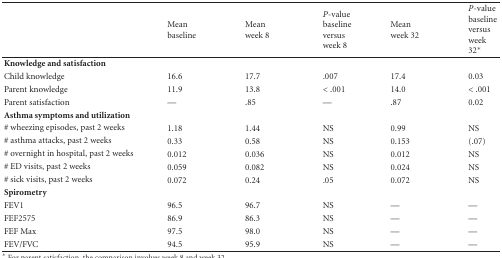
|  | Mean baseline | Mean week 8 | P-value baseline versus week 8 | Mean week 32 | P-value baseline versus week 32* |
 | --- | --- | --- | --- | --- | --- |
 | Knowledge and satisfaction |
 | Child knowledge | 16.6 | 17.7 | .007 | 17.4 | 0.03 |
 | Parent knowledge | 11.9 | 13.8 | < .001 | 14.0 | < .001 |
 | Parent satisfaction | — | .85 | — | .87 | 0.02 |
 | Asthma symptoms and utilization |
 | # wheezing episodes, past 2 weeks | 1.18 | 1.44 | NS | 0.99 | NS |
 | # asthma attacks, past 2 weeks | 0.33 | 0.58 | NS | 0.153 | (.07) |
 | # overnight in hospital, past 2 weeks | 0.012 | 0.036 | NS | 0.012 | NS |
 | # ED visits, past 2 weeks | 0.059 | 0.082 | NS | 0.024 | NS |
 | # sick visits, past 2 weeks | 0.072 | 0.24 | .05 | 0.072 | NS |
 | Spirometry |
 | FEV1 | 96.5 | 96.7 | NS | — | — |
 | FEF2575 | 86.9 | 86.3 | NS | — | — |
 | FEF Max | 97.5 | 98.0 | NS | — | — |
 | FEV/FVC | 94.5 | 95.9 | NS | — | — |